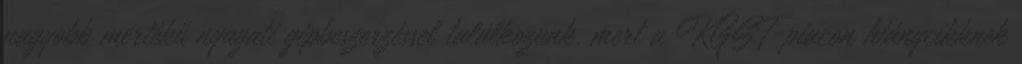
nagyobb mértékű nyugati gépbeszerzéssel találkozunk, mert a KGST-piacon hiánycikknek